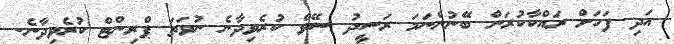
އަދި ފަހަށް ރައްކާކުރަން ބޭނުންނަމަ ރަސީދު ސޭވް ކުރެވިދާނެ ނުވަތަ ޕްރިންޓް ކުރެވިދާނެ.